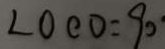
\angle O C D = 9 0 ^ { \circ }